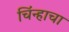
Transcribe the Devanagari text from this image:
चिंन्हाचा